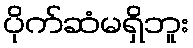
ပိုက်ဆံမရှိဘူး